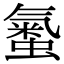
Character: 𧏨